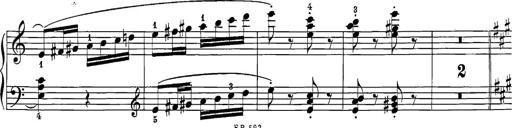
Title: 12 Sonatine per Pianoforte
Composer: Friedrich Kuhlau